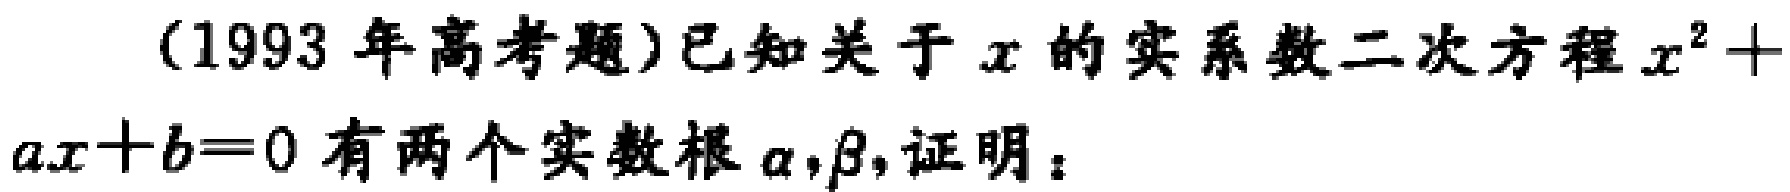
(1993 年高考题)已知关于\(x\)的实系数二次方程\(x^{2}+ax + b = 0\)有两个实数根\(\alpha,\beta\),证明：